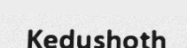
Kedushoth